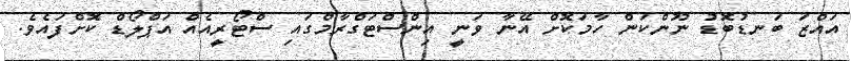
އައްޒަ ބަނޑުބޮޑު ނޫންކަން ހާމަކޮށް އޭނާ ވަނީ އިންސްޓަގްރާމްގައި ސްޓޯރީއެއް އަޕްލޯޑް ކޮށްފައެވެ.